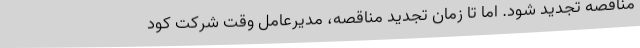
مناقصه تجدید شود. اما تا زمان تجدید مناقصه، مدیرعامل وقت شرکت کود